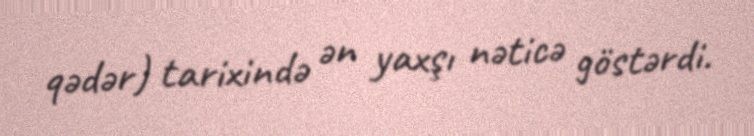
qədər) tarixində ən yaxşı nəticə göstərdi.